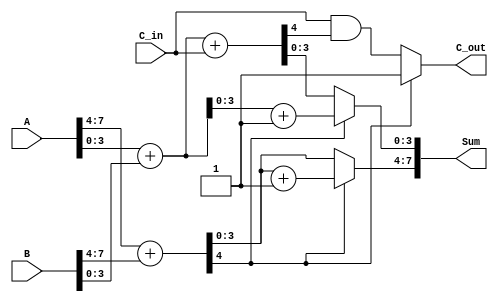
module carry_select_adder (
    input [7:0] A,        // 8-bit Operand A
    input [7:0] B,        // 8-bit Operand B
    input C_in,           // Carry-in
    output [7:0] Sum,     // 8-bit Sum output
    output C_out          // Carry-out
);

wire [4:0] S0, S1;       // Sums for higher order bits (A[7:4] + B[7:4] + 0 and + 1)
wire [4:0] S2, S3;       // Sums for lower order bits (A[3:0] + B[3:0] + C_in)

// Higher-order block (A[7:4] + B[7:4])
assign S0 = A[7:4] + B[7:4];            // S0 with C_in=0
assign S1 = A[7:4] + B[7:4] + 1'b1;     // S1 with C_in=1

// Lower-order block (A[3:0] + B[3:0])
assign S2 = A[3:0] + B[3:0] + C_in;      // S2 with C_in
assign S3 = A[3:0] + B[3:0] + 1'b1;      // S3 with C_in=1

// Carry-out from the higher-order block
wire C_out_higher;
assign C_out_higher = S0[4];            // Carry-out from higher-order block (bit 4 of S0)

// Final Sum selection
assign Sum[7:4] = (C_out_higher) ? S1[3:0] : S0[3:0]; // Select upper half based on carry-out
assign Sum[3:0] = (C_out_higher) ? S3[3:0] : S2[3:0]; // Select lower half based on carry-out

// Final carry-out
assign C_out = (C_out_higher) ? 1'b1 : (C_in & S2[4]); // Determine final carry-out

endmodule